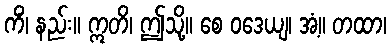
ကိံ၊ နည်း။ ဣတိ၊ ဤသို့။ စေ ဝဒေယျ၊ အံ့။ တထာ၊